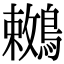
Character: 𪅙